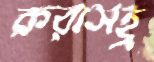
করাসহ্র